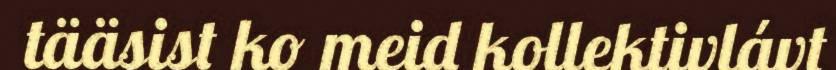
tääsist ko meid kollektivlávt